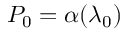
P _ { 0 } = \alpha ( \lambda _ { 0 } )